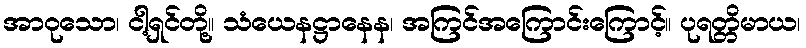
အာဝုသော၊ ငါ့ရှင်တို့။ သံယေနဋ္ဌာနေန၊ အကြင်အကြောင်းကြောင့်။ ပုရတ္တိမာယ၊